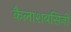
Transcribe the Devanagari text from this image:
कैलाशबसिनी